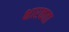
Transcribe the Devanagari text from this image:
क्षारकता